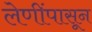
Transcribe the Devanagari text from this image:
लेणींपासून